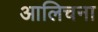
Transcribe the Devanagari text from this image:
आलिचना